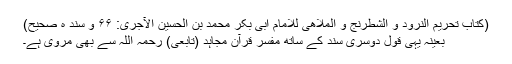
(کتاب تحریم النرود و الشطرنج و الملاھی للامام ابی بکر محمد بن الحسین الآجری: ۶۶ و سند ہ صحیح)
بعینہ یہی قول دوسری سند کے ساتھ مفسر قرآن مجاہد (تابعی) رحمہ اللہ سے بھی مروی ہے۔